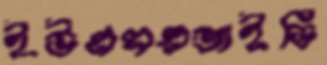
ইউএসএআইডি